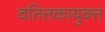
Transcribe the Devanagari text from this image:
वतित्तकायुक्त